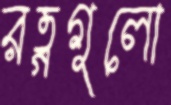
রত্নগুলো